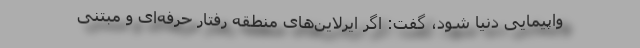
واپیمایی دنیا شود، گفت: اگر ایرلاین‌های منطقه رفتار حرفه‌ای و مبتنی